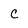
Character: C